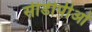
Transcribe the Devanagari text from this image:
सीडीपीओ